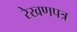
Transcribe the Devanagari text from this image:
रेखणपत्र